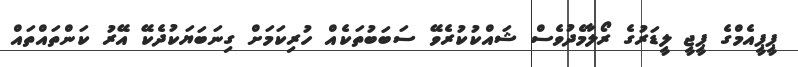
ޕީޕީއެމްގެ ޕީޖީ ލީޑަރުގެ ރޯލާމެދުވެސް ޝައްކުކުރެވޭ ސަބަބުތަކެއް ހުރިކަމަށް ގިނަބަޔަކުދެކޭ އޭރު ކަންތައްތައް